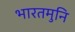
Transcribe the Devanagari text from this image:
भारतमुनि